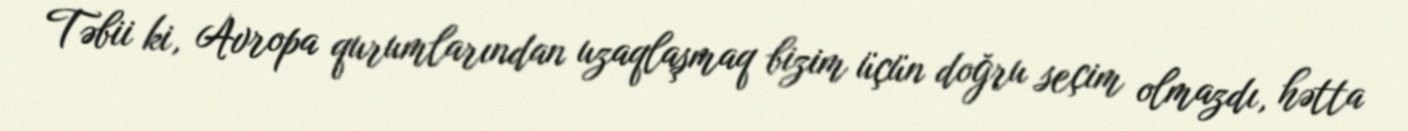
Təbii ki, Avropa qurumlarından uzaqlaşmaq bizim üçün doğru seçim olmazdı, hətta